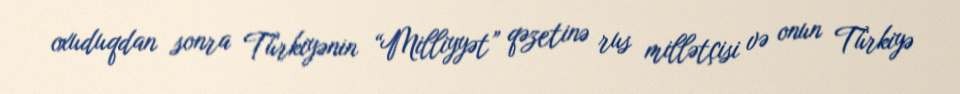
oxuduqdan sonra Türkiyənin “Milliyyət” qəzetinə rus millətçisi və onun Türkiyə